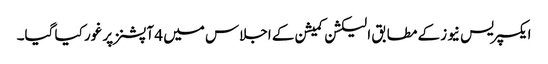
ایکسپریس نیوز کے مطابق الیکشن کمیشن کے اجلاس میں 4 آپشنز پر غور کیا گیا۔